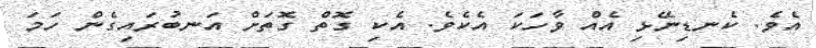
އެވެ. ކެނޑިނޭޅި އެއް ވާހަކަ އެކެވެ. އެކި ގޮތް ގޮތަށް އަނބުރައިގެން ހަމަ